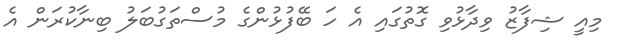
މިއީ ޝިފާޒު ވިދާޅުވި ގޮތުގައި އެ ހަ ބޭފުޅުންގެ މުސްތަގުބަލު ބިނާކުރަން އެ